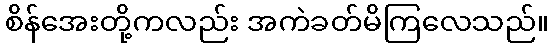
စိန်အေးတို့ကလည်း အကဲခတ်မိကြလေသည်။